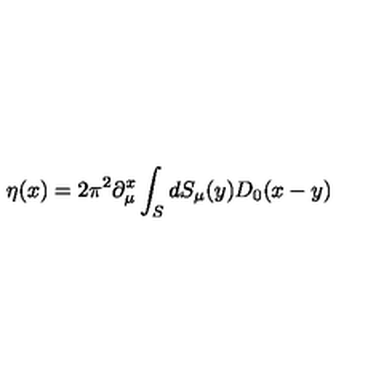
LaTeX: \eta ( x ) = 2 \pi ^ { 2 } \partial _ { \mu } ^ { x } \int _ { S } ^ { } d S _ { \mu } ( y ) D _ { 0 } ( x - y )